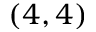
( 4 , 4 )